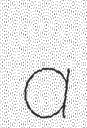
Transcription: a